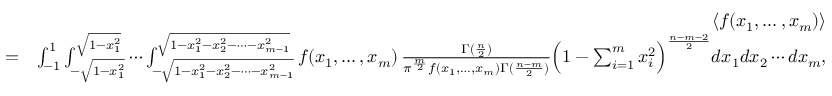
\begin{array} { r l r } & { } & { \langle f ( x _ { 1 } , \ldots , x _ { m } ) \rangle } \\ & { = } & { \int _ { - 1 } ^ { 1 } \int _ { - \sqrt { 1 - x _ { 1 } ^ { 2 } } } ^ { \sqrt { 1 - x _ { 1 } ^ { 2 } } } \cdots \int _ { - \sqrt { 1 - x _ { 1 } ^ { 2 } - x _ { 2 } ^ { 2 } - \cdots - x _ { m - 1 } ^ { 2 } } } ^ { \sqrt { 1 - x _ { 1 } ^ { 2 } - x _ { 2 } ^ { 2 } - \cdots - x _ { m - 1 } ^ { 2 } } } f ( x _ { 1 } , \ldots , x _ { m } ) \, \frac { \Gamma ( \frac { n } { 2 } ) } { \pi ^ { \frac { m } { 2 } } f ( x _ { 1 } , \ldots , x _ { m } ) \Gamma ( \frac { n - m } { 2 } ) } \Bigl ( 1 - \sum _ { i = 1 } ^ { m } x _ { i } ^ { 2 } \Bigr ) ^ { \frac { n - m - 2 } { 2 } } d x _ { 1 } d x _ { 2 } \cdots d x _ { m } , } \end{array}